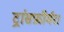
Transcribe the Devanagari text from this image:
ट्रांसफ़ॉर्मर।